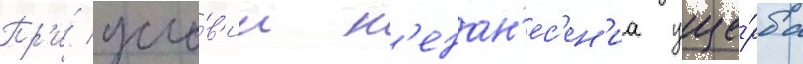
Пр'и́ усло́в'ии н'енан'ес'ен'иа уще́рба